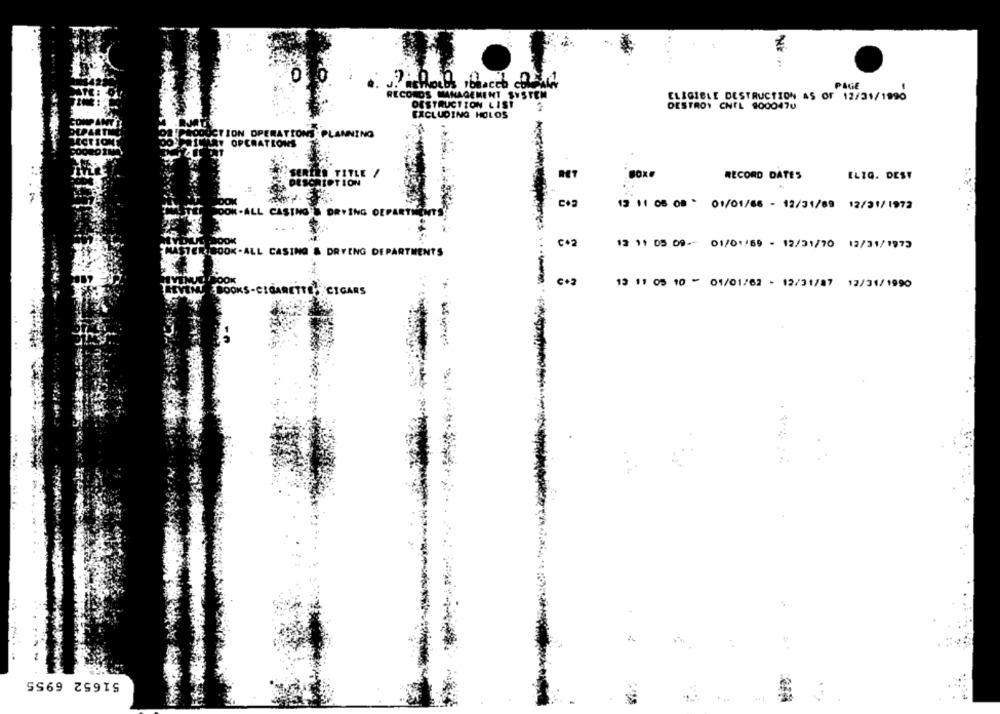
0
factores ibBacch cleaner
PAGE
RECORDS MANAGEMENT SYSTEM
ELIGIBLE DESTRUCTION AS OF 12/31/1990
DESTRUCTION LIST
DESTROY CHIL 9000470
EXCLUDING HOLOS
CTION OPERATIONS PLANNING
BY OPERATIONS
RECORD DATES
ELIQ. DEST
CO
13 11 08 08 : 01/01/66 - 12/31/89 12/21/1972
.ALL CA
BING
co2
12 11 05 09- 01/01/69 - 12/31/70 12/31/1973
K-ALL CASING'& DRYING DEPARTMENTS
C+2
13 11 05 10 - 01/01/62 - 12/31/87 12/31/1990
GARETTE CIGARS
51652 6955